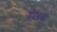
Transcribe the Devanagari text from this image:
दोनत्व